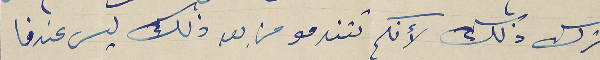
بترك ذلك لأنكم تتندمو من بعد ذلك ليس عندنا